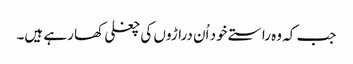
جب کہ وہ راستے خود اُن دراڑوں کی چغلی کھا رہے ہیں۔